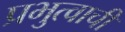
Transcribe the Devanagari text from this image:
प्रभुत्वाची